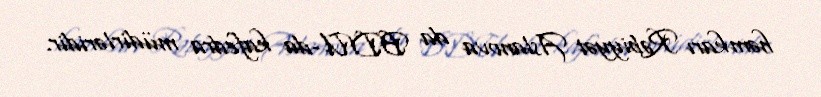
həmkarı Rəbiyyət Aslanova da BDU-da kafedra müdirləridir.